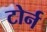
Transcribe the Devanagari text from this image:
टोर्न